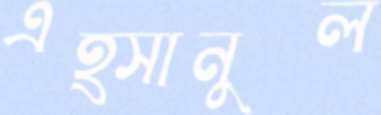
এহ্সানুল